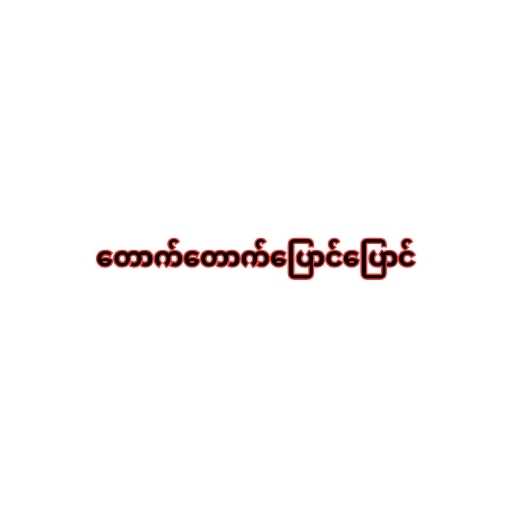
တောက်တောက်ပြောင်ပြောင်